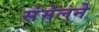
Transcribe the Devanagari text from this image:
संमेलनेे